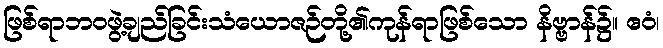
ဖြစ်ရာဘဝဖွဲ့ချည်ခြင်းသံယောဇဉ်တို့၏ကုန်ရာဖြစ်သော နိဗ္ဗာန်၌။ ဧဝံ၊